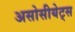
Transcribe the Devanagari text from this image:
असोसीयेट्स